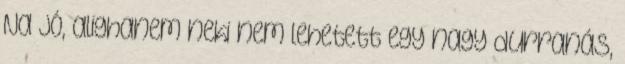
Na jó, alighanem neki nem lehetett egy nagy durranás,